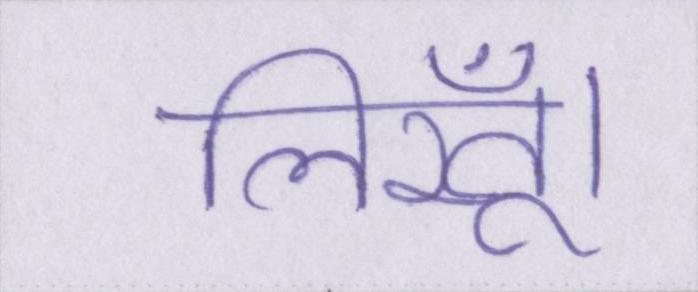
लिखूँ।